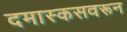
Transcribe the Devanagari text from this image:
दमास्कसवरून